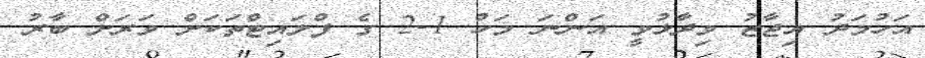
އަހުމަދު އިޖާޒު ވިދާޅުވީ އަންނަ މަހު 1-2 ގެ ފްލައިޓްތަކަށް ވަރަށް ބާރު